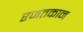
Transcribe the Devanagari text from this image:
रजतकान